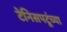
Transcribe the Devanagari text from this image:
टेनिसपटूंच्या